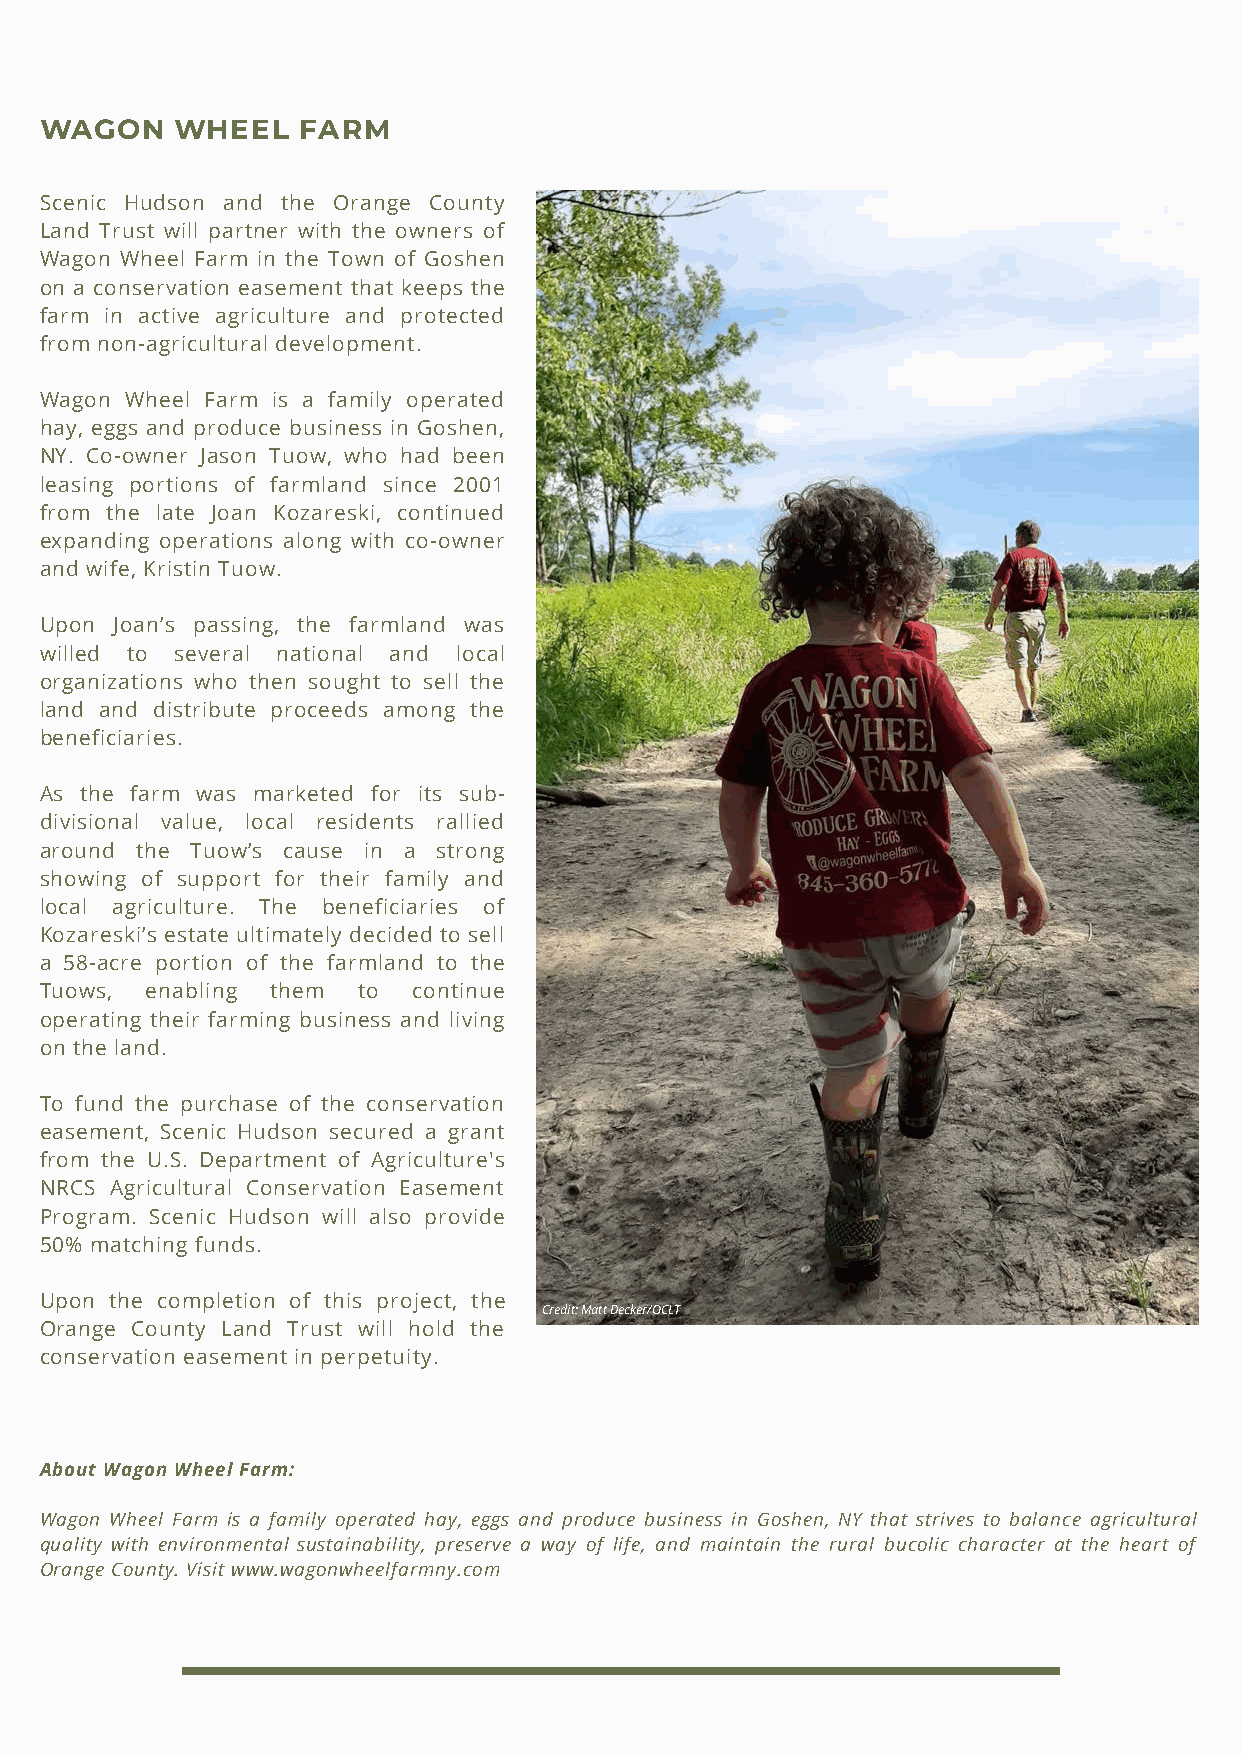
WAGON    WHEEL   FARM
 Scenic Hudson and the Orange County
 Land Trust will partner with the owners of
 Wagon Wheel Farm in the Town of Goshen
 on a conservation easement that keeps the
 farm in active agriculture and protected
 from non-agricultural development.
 Wagon Wheel Farm is a family operated
 hay, eggs and produce business in Goshen,
 NY. Co-owner Jason Tuow, who had been
 leasing portions of farmland since 2001
 from the late Joan Kozareski, continued
 expanding operations along with co-owner
 and wife, Kristin Tuow.
 Upon Joan’s passing, the farmland was
 willed to several national and local
 organizations who then sought to sell the
 land and distribute proceeds among the
 beneficiaries.
 As the farm was marketed for its sub-
 divisional value, local residents rallied
 around the Tuow’s cause in a strong
 showing of support for their family and
 local agriculture. The beneficiaries of
 Kozareski’s estate ultimately decided to sell
 a 58-acre portion of the farmland to the
 Tuows, enabling them to continue
 operating their farming business and living
 on the land.
 To fund the purchase of the conservation
 easement, Scenic Hudson secured a grant
 from the U.S. Department of Agriculture's
 NRCS Agricultural Conservation Easement
 Program. Scenic Hudson will also provide
 50% matching funds.
 Upon the completion of this project, the
 Credit: Matt Decker/OCLT
 Orange County Land Trust will hold the
 conservation easement in perpetuity.
 About Wagon Wheel Farm:
 Wagon Wheel Farm is a family operated hay, eggs and produce business in Goshen, NY that strives to balance agricultural
 quality with environmental sustainability, preserve a way of life, and maintain the rural bucolic character at the heart of
 Orange County. Visit www.wagonwheelfarmny.com